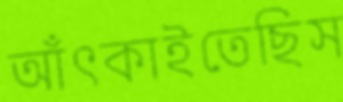
আঁৎকাইতেছিস